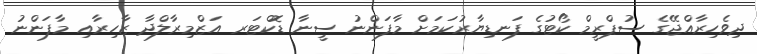
ދިވެހިރާއްޖޭގެ ސުޕްރީމް ކޯޓުގެ ފަނޑިޔާރުކަމަށް މާފަންނު ސީނާ ޑޮކްޓަރ އަޒްމިރާލްދާ ޒާހިރާއި މާފަންނު